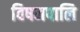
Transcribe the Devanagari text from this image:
विषमपालि